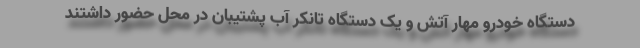
دستگاه خودرو مهار آتش و یک دستگاه تانکر آب پشتیبان در محل حضور داشتند